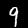
Label: 9